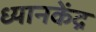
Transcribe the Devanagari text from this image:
ध्यानकेंद्र